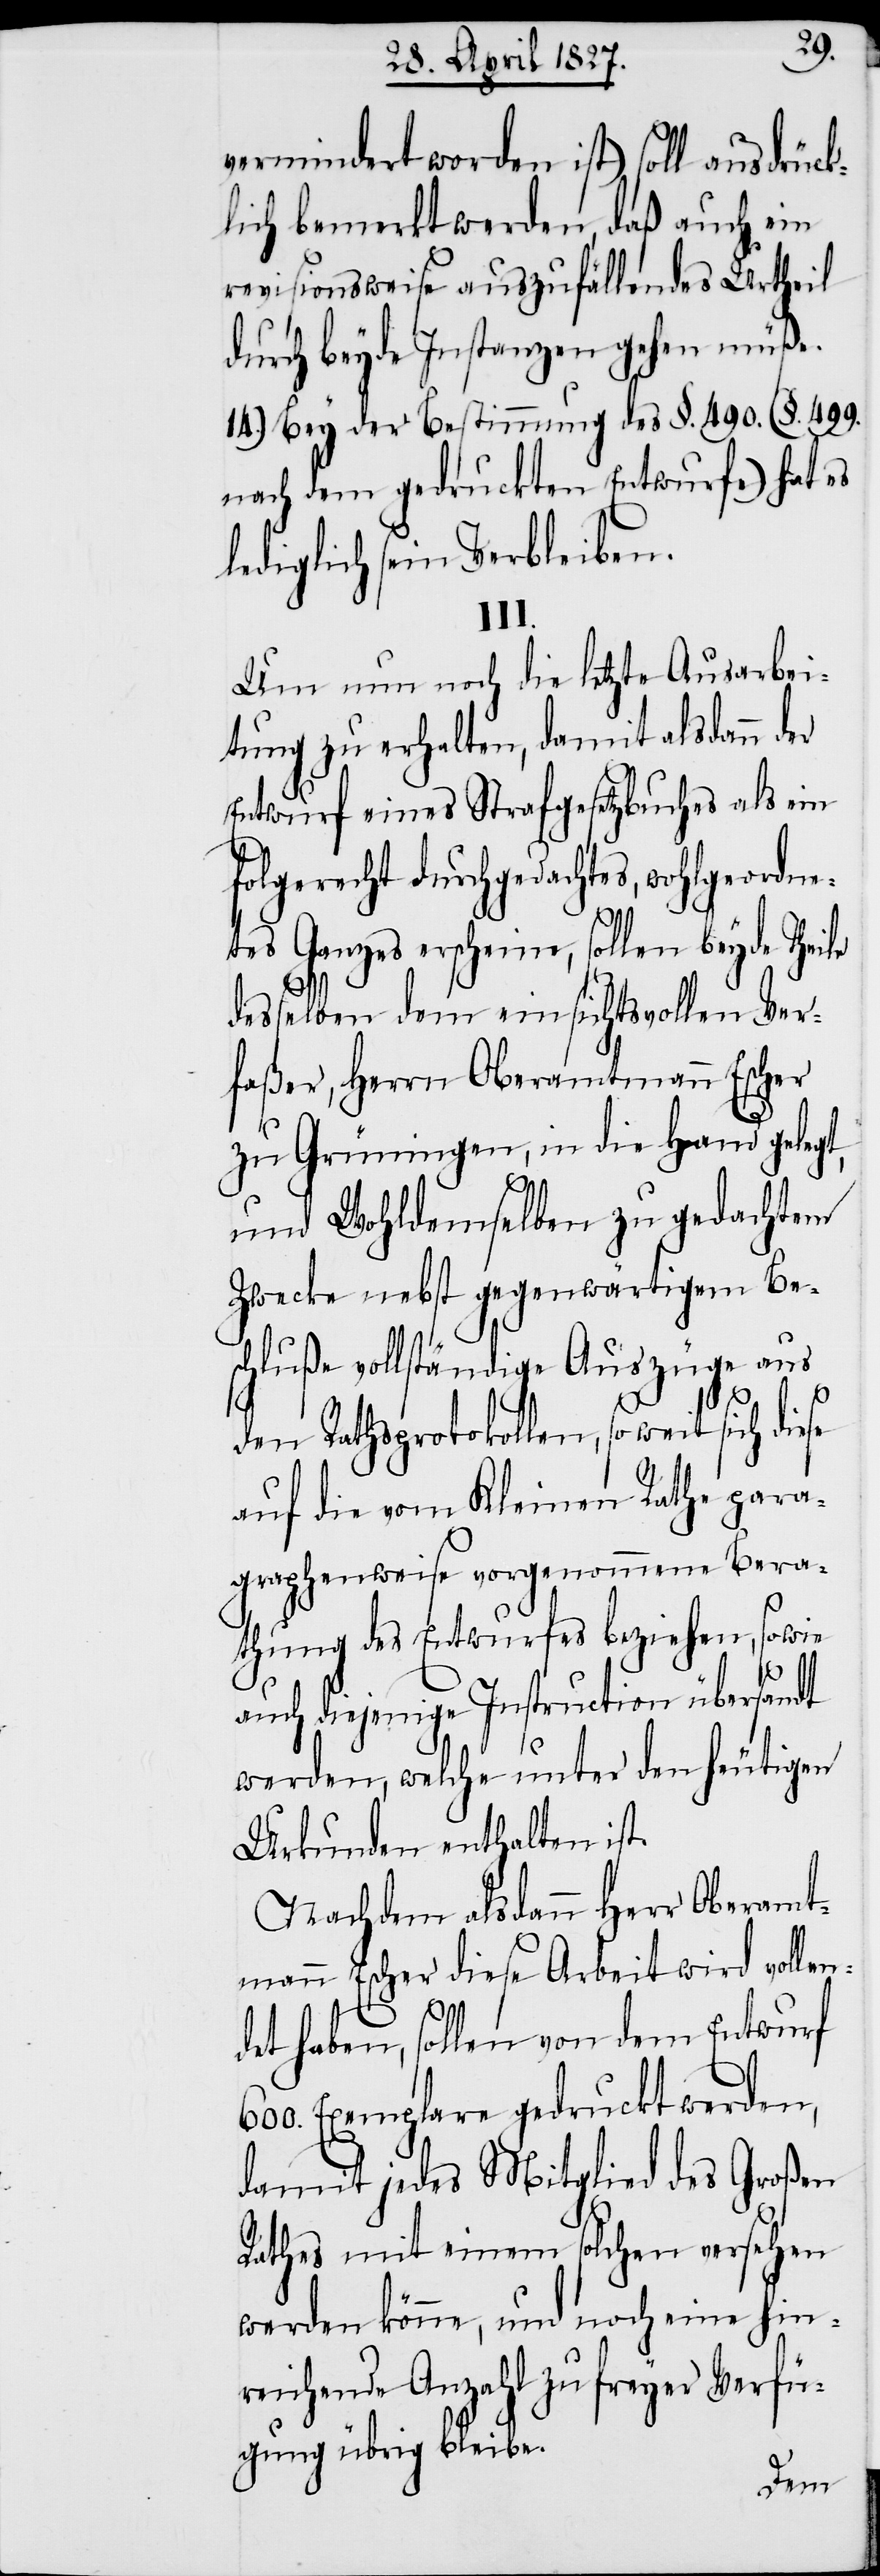
vermindert worden ist) soll ausdrück¬
lich bemerkt werden, daß auch ein
revisionsweise auszufällendes Urtheil
durch beyde Instanzen gehen müße.
14.) Bey der Bestimmung des §. 490. (§. 499.
nach dem gedruckten Entwurfe) hat es
lediglich sein Verbleiben.
III.
Um nun noch die letzte Ausarbei¬
tung zu erhalten, damit alsdann der
Entwurf eines Strafgesetzbuches als ein
folgerecht durchgedachtes, wohlgeordne¬
tes Ganzes erscheine, sollen beyde Theile
desselben dem einsichtsvollen Ver¬
faßer, Herrn Oberamtmann Escher
zu Grüningen, in die Hand gelegt,
und Wohldemselben zu gedachtem
Zwecke nebst gegenwärtigem Be¬
schluße vollständige Auszüge aus
den Rathsprotokollen, so weit sich
auf die vom Kleinen Rathe para¬
graphenweise vorgenommene Bera¬
thung des Entwurfes beziehen, sowie
auch diejenigen Instruction übersandt
werden, welche unter den heutigen
Urkunden enthalten ist.
Nachdem alsdann Herr Oberamt¬
mann Escher diese Arbeit wird vollen¬
det haben, sollen, von dem Entwurf
600. Exemplare gedruckt werden,
damit jedes Mitglied des Großen
Raths mit einem solchen versehen
werden könne, und noch eine hin¬
reichende Anzahl zu freyer Verfü¬
gung übrig bleibe.